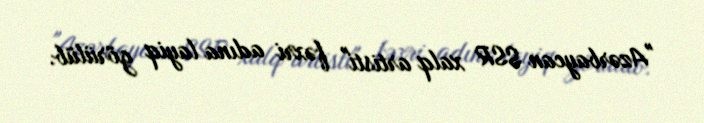
"Azərbaycan SSR xalq artisti" fəxri adına layiq görülüb.